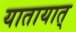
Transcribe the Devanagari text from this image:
यातायात्